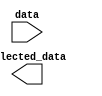
module PartSelectContinuousAssignment #(
    parameter N = 16,  // Size of the input data vector
    parameter M = 7,   // Starting bit position for part select
    parameter P = M - 0, // Size of the output selected_data vector (M-N+1)
    parameter N = 0    // Ending bit position for part select
)(
    input [N-1:0] data,                // Input signal
    output [P-1:0] selected_data       // Output signal
);

// Continuous assignment of selected bits from input data to output selected_data
assign selected_data = data[M:N];

endmodule